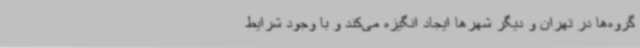
گروه‌ها در تهران و دیگر شهرها ایجاد انگیزه می‌کند و با وجود شرایط